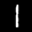
Label: 1